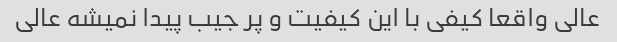
عالی واقعا کیفی با این کیفیت و پر جیب پیدا نمیشه عالی